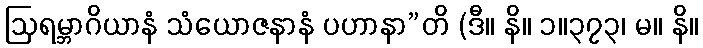
ဩရမ္ဘာဂိယာနံ သံယောဇနာနံ ပဟာနာ”တိ (ဒီ။ နိ။ ၁။၃၇၃၊ မ။ နိ။